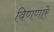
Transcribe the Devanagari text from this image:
विणणारे